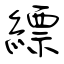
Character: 縹